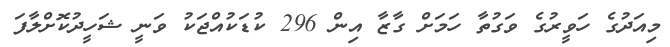
މިއަދުގެ ހަވީރުގެ ވަގުތާ ހަމަަށް ގާޒާ އިން 296 ކުޑަކުއްޖަކު ވަނީ ޝަހީދުކޮށްލާފަ